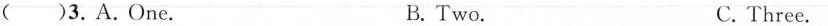
( )3.A.One. B. Two. C. Three.